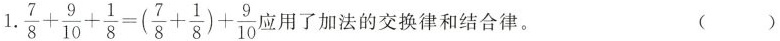
$$1. \frac{ 7 }{ 8 } + \frac{ 9 }{ 10 } +